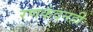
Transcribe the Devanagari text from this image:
रणकंदनही